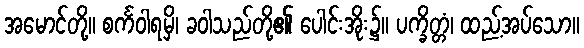
အမောင်တို့။ စင်္ကဝါရမှိ၊ ခဝါသည်တို့၏ ပေါင်းအိုး၌။ ပက္ခိတ္တံ၊ ထည့်အပ်သော။